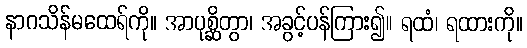
နာဂသိန်မထေရ်ကို။ အာပုစ္ဆိတွာ၊ အခွင့်ပန်ကြား၍။ ရထံ၊ ရထားကို။